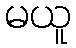
မယူ